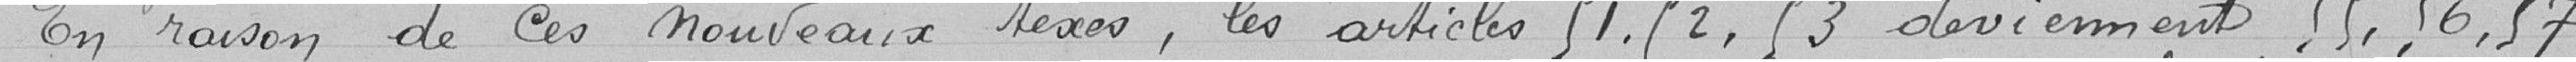
En raison de ces nouveaux lexes, les articles 51, 52, 53 deviennent 55, 56, 57.